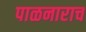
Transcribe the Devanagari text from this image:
पाळनाराच